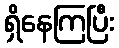
ရှိနေကြပြီး